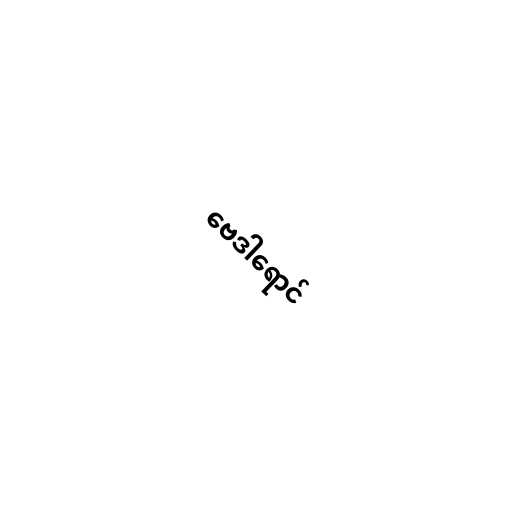
ဗေဒါရောင်